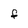
Character: f